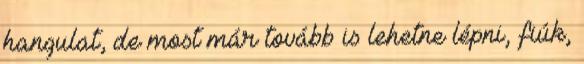
hangulat, de most már tovább is lehetne lépni, fiúk,